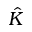
\hat { K }